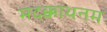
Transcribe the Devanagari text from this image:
मदक्काथनम